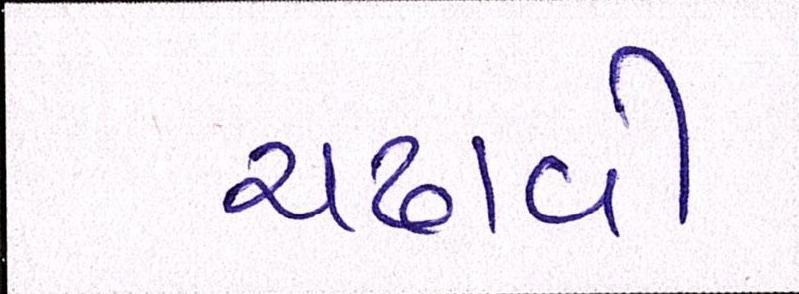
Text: ચઢાવી